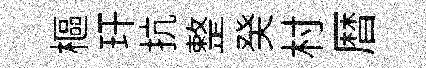
樞玕抗整癸村暦